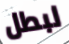
لبطل